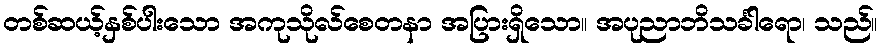
တစ်ဆယ့်နှစ်ပါးသော အကုသိုလ်စေတနာ အပြားရှိသော။ အပုညာဘိသင်္ခါရော၊ သည်။